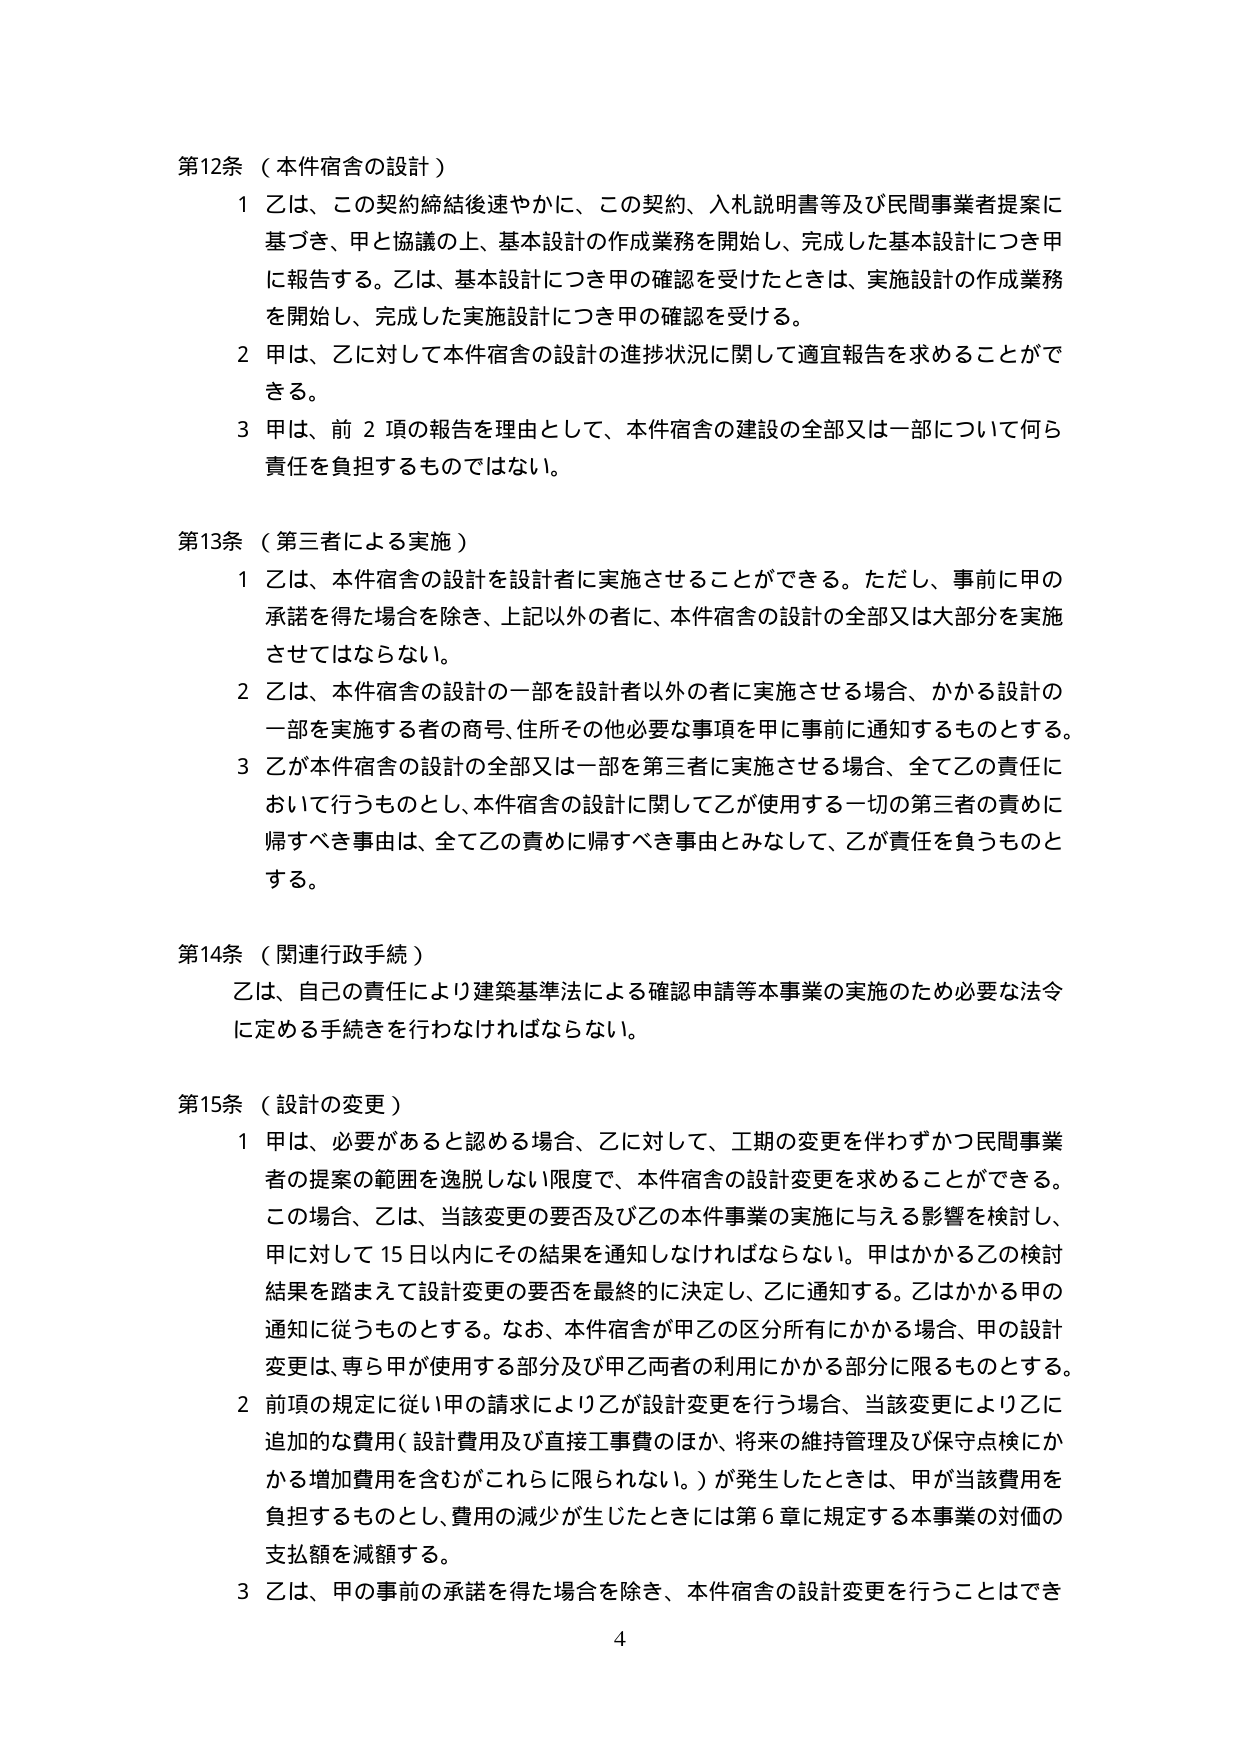
第12条（本件宿舎の設計）

1 乙は、この契約締結後速やかに、この契約、入札説明書等及び民間事業者提案に基づき、甲と協議の上、基本設計の作成業務を開始し、完成した基本設計につき甲に報告する。乙は、基本設計につき甲の確認を受けたときは、実施設計の作成業務を開始し、完成した実施設計につき甲の確認を受ける。

2 甲は、乙に対して本件宿舎の設計の進捗状況に関して適宜報告を求めることができる。

3 甲は、前2項の報告を理由として、本件宿舎の建設の全部又は一部について何ら責任を負担するものではない。

第13条（第三者による実施）

1 乙は、本件宿舎の設計を設計者に実施させることができる。ただし、事前に甲の承諾を得た場合を除き、上記以外の者に、本件宿舎の設計の全部又は大部分を実施させてはならない。

2 乙は、本件宿舎の設計の一部を設計者以外の者に実施させる場合、かかる設計の一部を実施する者の商号、住所その他必要な事項を甲に事前に通知するものとする。

3 乙が本件宿舎の設計の全部又は一部を第三者に実施させる場合、全て乙の責任において行うものとし、本件宿舎の設計に関して乙が使用する一切の第三者の責めに帰すべき事由は、全て乙の責めに帰すべき事由とみなして、乙が責任を負うものとする。

第14条（関連行政手続）

乙は、自己の責任により建築基準法による確認申請等本事業の実施のため必要な法令に定める手続きを行わなければならない。

第15条（設計の変更）

1 甲は、必要があると認める場合、乙に対して、工期の変更を伴わずかつ民間事業者の提案の範囲を逸脱しない限度で、本件宿舎の設計変更を求めることができる。この場合、乙は、当該変更の要否及び乙の本件事業の実施に与える影響を検討し、甲に対して15日以内にその結果を通知しなければならない。甲はかかる乙の検討結果を踏まえて設計変更の要否を最終的に決定し、乙に通知する。乙はかかる甲の通知に従うものとする。なお、本件宿舎が甲乙の区分所有にかかる場合、甲の設計変更は、専ら甲が使用する部分及び甲乙両者の利用にかかる部分に限るものとする。

2 前項の規定に従い甲の請求により乙が設計変更を行う場合、当該変更により乙に追加的な費用（設計費用及び直接工事費のほか、将来の維持管理及び保守点検にかかる増加費用を含むがこれらに限られない。）が発生したときは、甲が当該費用を負担するものとし、費用の減少が生じたときには第6章に規定する本事業の対価の支払額を減額する。

3 乙は、甲の事前の承諾を得た場合を除き、本件宿舎の設計変更を行うことはでき

4